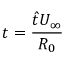
t = \frac { \hat { t } U _ { \infty } } { R _ { 0 } }